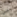
في